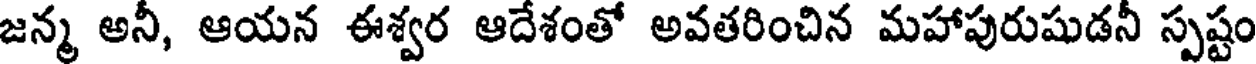
జన్మ అనీ, ఆయన ఈశ్వర ఆదేశంతో అవతరించిన మహాపురుషుడనీ స్పష్టం